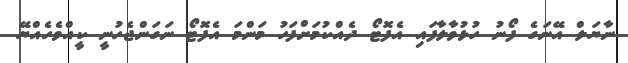
ނާޔަލް އޭނަގެ ފޯނު ހުޅުވާލާފައި އެފޮޓޯ ދެއްކުމަށްފަހު މަންމަ އެފޮޓޯ ނަގަންޖެހުނީ ކީއްވެހެއްޔޭ